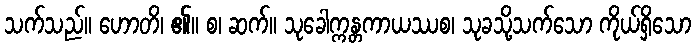
သက်သည်။ ဟောတိ၊ ၏။ စ၊ ဆက်။ သုခေါက္ကန္တကာယဿစ၊ သုခသို့သက်သော ကိုယ်ရှိသော